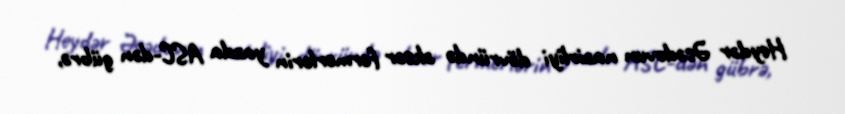
Heydər Əsədovun nazirliyi dövründə əksər fermerlərin yazda ASC-dən gübrə,